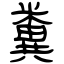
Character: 糞